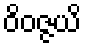
ဝိဝဇ္ဇယိ